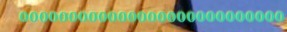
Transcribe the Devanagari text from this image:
०००००००००००००००००००००००००००